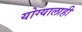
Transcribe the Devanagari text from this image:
योग्यालाही